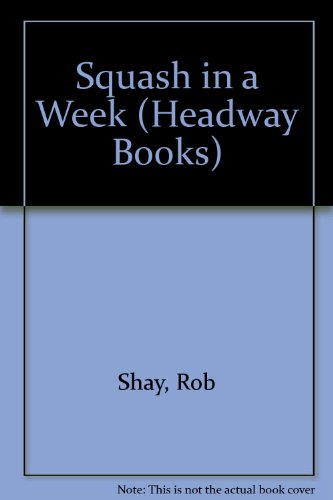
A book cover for Squash in a Week (Headway Books); Rob Shay; Sports & Outdoors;